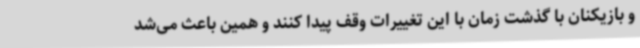
و بازیکنان با گذشت زمان با این تغییرات وقف پیدا کنند و همین باعث می‌شد